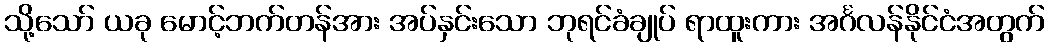
သို့သော် ယခု မောင့်ဘက်တန်အား အပ်နှင်းသော ဘုရင်ခံချုပ် ရာထူးကား အင်္ဂလန်နိုင်ငံအတွက်